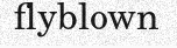
flyblown